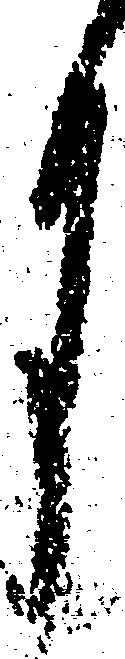
月